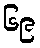
၆၉